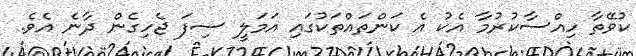
ކުވޭތާ ހިއްސާކުރުމާ އެކު އެ ކަންތައްތަކުގައި އަމަލީ ސިފަ ޖެހިގެން ދާނެ އެވެ.